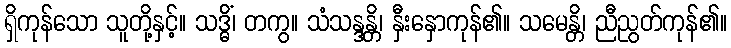
ရှိကုန်သော သူတို့နှင့်။ သဒ္ဓိံ၊ တကွ။ သံသန္ဒန္တိ၊ နှီးနှောကုန်၏။ သမေန္တိ၊ ညီညွတ်ကုန်၏။